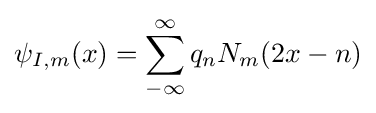
\psi _{I,m}(x)=\sum _{-\infty }^{\infty }q_{n}N_{m}(2x-n)